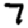
Digit: 7